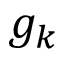
g _ { k }